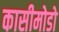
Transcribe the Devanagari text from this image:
कासीमोडो